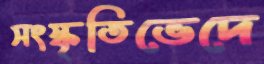
সংস্কৃতিভেদে